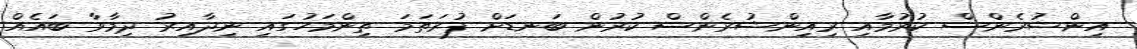
އިންޝުރެންސް ކުރުމާއި ރިއިންޝުރެންސް ކުރުން ބަނޑަށް ފުރަތަމަ ތިންމަހުގައި ނިދާއިރު ދިމާވާ ބައެއް